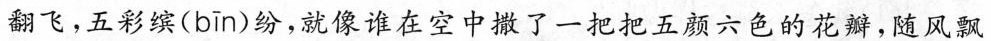
翻飞，五彩缤( bīn )纷，就像谁在空中撒了一把把五颜六色的花瓣，随风飘